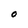
Character: O